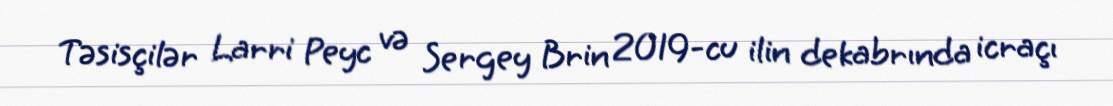
Təsisçilər Larri Peyc və Sergey Brin 2019-cu ilin dekabrında icraçı